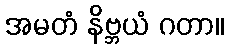
အမတံ နိဗ္ဘယံ ဂတာ။